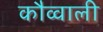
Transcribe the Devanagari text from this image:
कौव्वाली